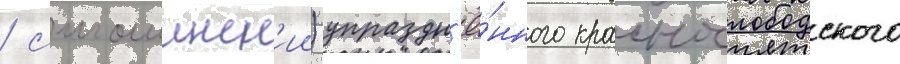
/ смошинск'ии) упраздн'ё́нного краснослободского